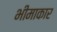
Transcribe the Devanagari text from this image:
भीमाकार